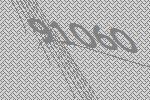
91060